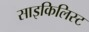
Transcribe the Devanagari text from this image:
साइकिलिस्ट